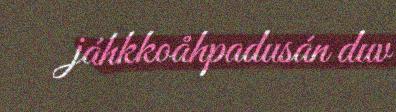
jáhkkoåhpadusán duv